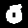
Digit: 0